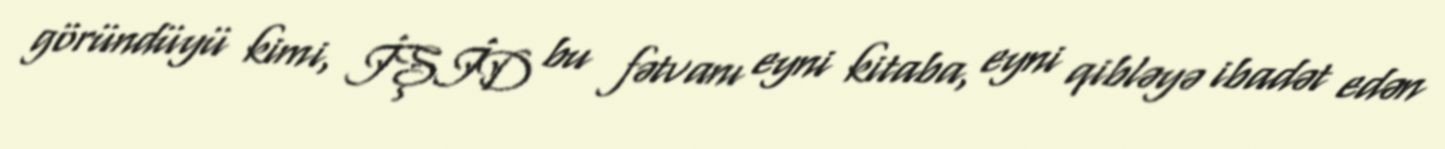
göründüyü kimi, İŞİD bu fətvanı eyni kitaba, eyni qibləyə ibadət edən